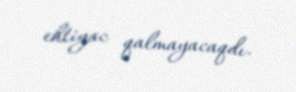
ehtiyac qalmayacaqdı.